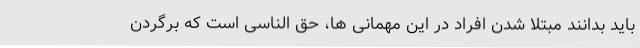
باید بدانند مبتلا شدن افراد در این مهمانی ها، حق الناسی است که برگردن